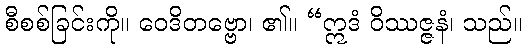
စီစစ်ခြင်းကို။ ဝေဒိတဗ္ဗော၊ ၏။ “ဣဒံ ဝိဿဇ္ဇနံ၊ သည်။